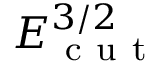
E _ { \mathrm { ~ c ~ u ~ t ~ } } ^ { 3 / 2 }